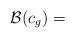
LaTeX: \begin{align*}\mathcal B(c_g)=\\\end{align*}